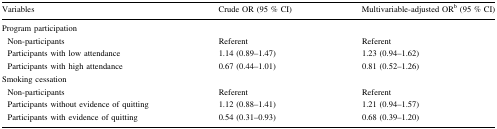
<table><thead><tr><td><b>Variables</b></td><td><b>Crude OR (95 % CI)</b></td><td><b>Multivariable-adjusted OR<sup>b</sup> (95 % CI)</b></td></tr></thead><tbody><tr><td colspan="3">Program participation</td></tr><tr><td> Non-participants</td><td>Referent</td><td>Referent</td></tr><tr><td> Participants with low attendance</td><td>1.14 (0.89–1.47)</td><td>1.23 (0.94–1.62)</td></tr><tr><td> Participants with high attendance</td><td>0.67 (0.44–1.01)</td><td>0.81 (0.52–1.26)</td></tr><tr><td colspan="3">Smoking cessation</td></tr><tr><td> Non-participants</td><td>Referent</td><td>Referent</td></tr><tr><td> Participants without evidence of quitting</td><td>1.12 (0.88–1.41)</td><td>1.21 (0.94–1.57)</td></tr><tr><td> Participants with evidence of quitting</td><td>0.54 (0.31–0.93)</td><td>0.68 (0.39–1.20)</td></tr></tbody></table>